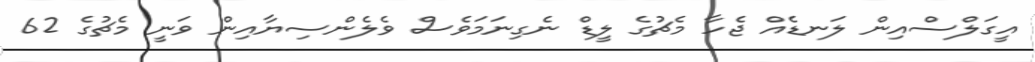
އީގަލްސްއިން ލަނޑެއް ޖެހާ މެޗުގެ ލީޑް ނެގިނަމަވެސް ވެލެންސިޔާއިން ވަނީ މެޗުގެ 62